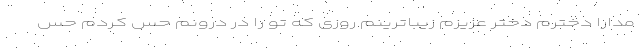
مدارا دخترم دختر عزیزم زیباترینم روزی که تو را در درونم حس کردم حس